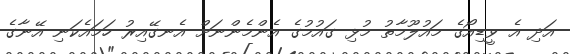
އަދި އެ ވީޑިއޯގެ މައުލޫމާތު މުޅި ގައުމުގެ އެންމެންނަށް އެނގޭއިރު ހަމައެކަނި އޭނާގެ